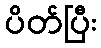
ပိတ်ပြီး